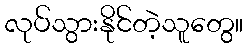
လုပ်သွားနိုင်တဲ့သူတွေ။